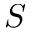
S